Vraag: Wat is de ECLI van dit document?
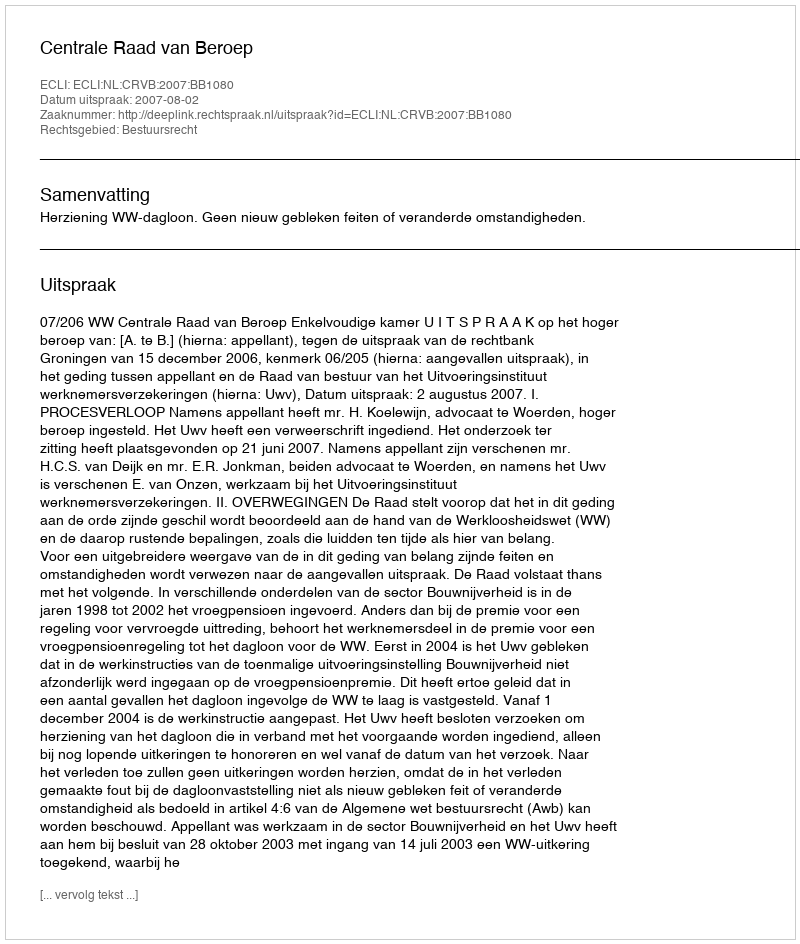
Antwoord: ECLI:NL:CRVB:2007:BB1080